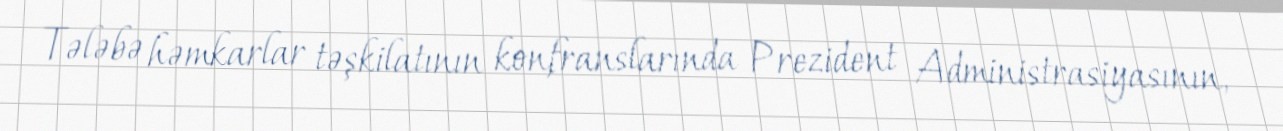
Tələbə həmkarlar təşkilatının konfranslarında Prezident Administrasiyasının,